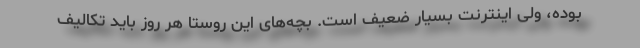
بوده، ولی اینترنت بسیار ضعیف است. بچه‌های این روستا هر روز باید تکالیف